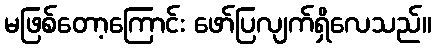
မဖြစ်တော့ကြောင်း ဖော်ပြလျက်ရှိလေသည်။